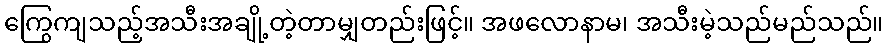
ကြွေကျသည့်အသီးအချို့တဲ့တာမျှတည်းဖြင့်။ အဖလောနာမ၊ အသီးမဲ့သည်မည်သည်။